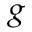
_ g